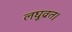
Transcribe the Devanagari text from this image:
लघुव्रत।